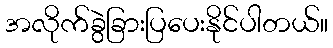
အလိုက်ခွဲခြားပြပေးနိုင်ပါတယ်။